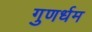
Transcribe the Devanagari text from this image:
गुणर्धम